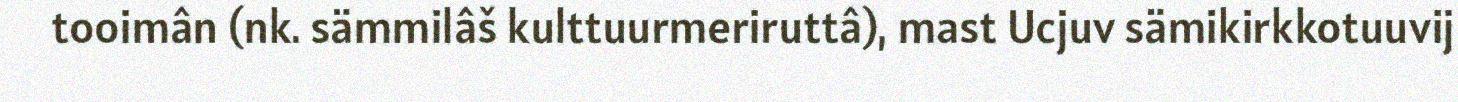
tooimân (nk. sämmilâš kulttuurmeriruttâ), mast Ucjuv sämikirkkotuuvij